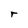
Character: r